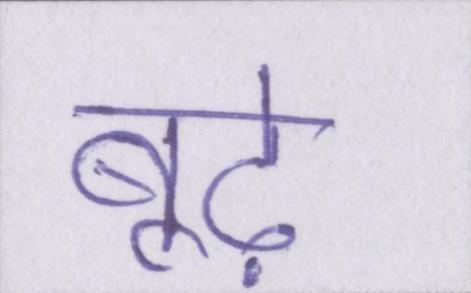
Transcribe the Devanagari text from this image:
बूढ़े